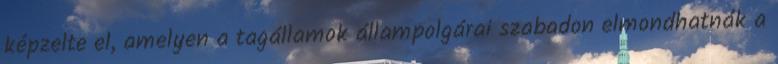
képzelte el, amelyen a tagállamok állampolgárai szabadon elmondhatnák a